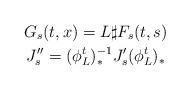
LaTeX: \begin{gather*}G_s(t,x)=L\sharp F_s(t,s) \\J''_s=(\phi_L^t)_*^{-1}J'_s(\phi_L^t)_*\end{gather*}